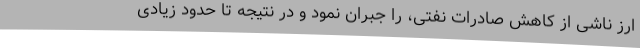
ارز ناشی از کاهش صادرات نفتی، را جبران نمود و در نتیجه تا حدود زیادی